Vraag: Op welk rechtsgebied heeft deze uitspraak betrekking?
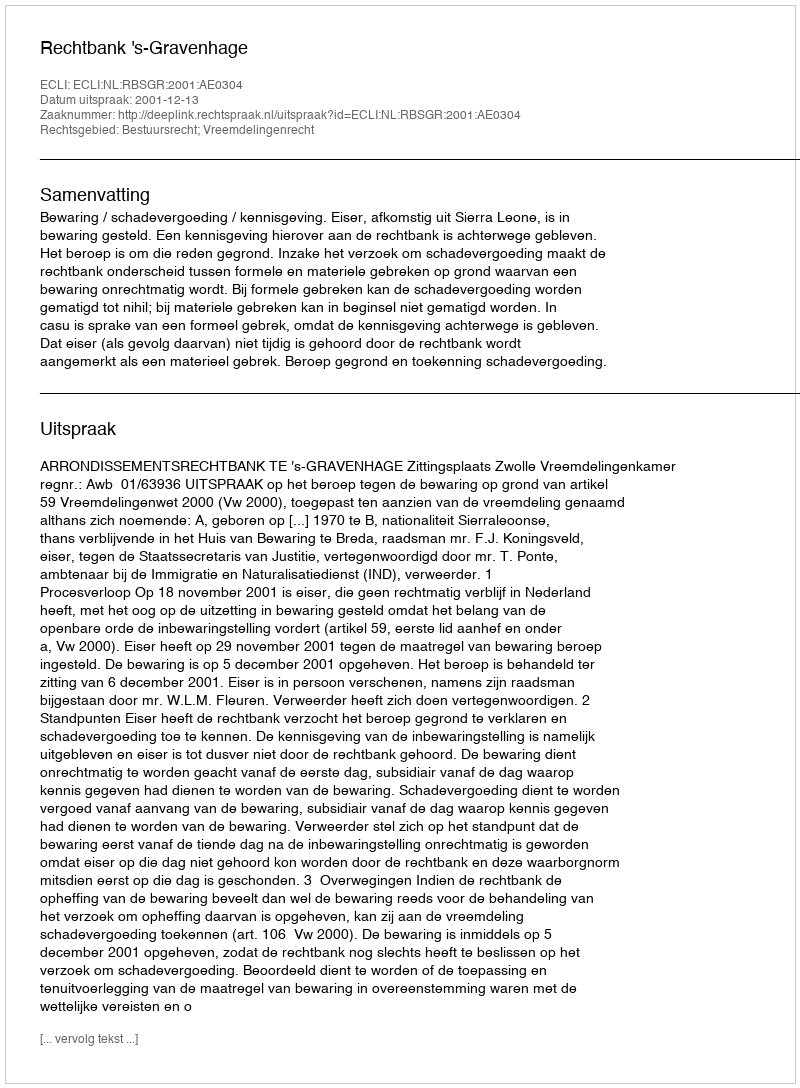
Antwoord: Bestuursrecht; Vreemdelingenrecht